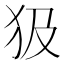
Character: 𤜯